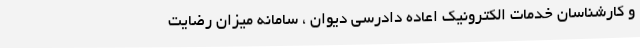
و کارشناسان خدمات الکترونیک اعاده دادرسی دیوان ، سامانه میزان رضایت